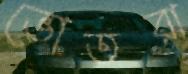
ভোতরা